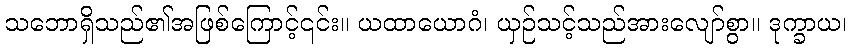
သဘောရှိသည်၏အဖြစ်ကြောင့်၎င်း။ ယထာယောဂံ၊ ယှဉ်သင့်သည်အားလျော်စွာ။ ဒုက္ခာယ၊